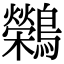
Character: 𬷷